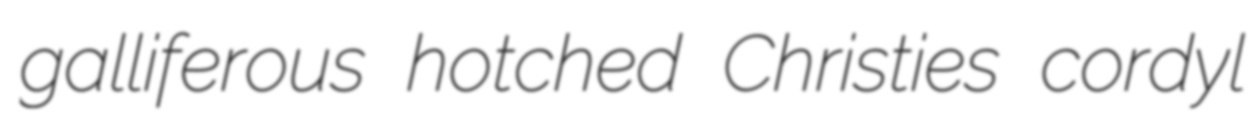
galliferous hotched Christies cordyl